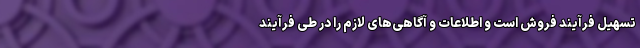
تسهیل فرآیند فروش است و اطلاعات و آگاهی‌­های لازم را در طی فرآیند